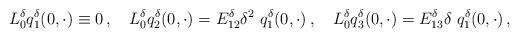
LaTeX: \begin{align*}L_0^{\delta}q_1^{\delta}(0, \cdot)&\equiv 0\,,&L_0^{\delta}q_2^{\delta}(0, \cdot)&=E_{12}^{\delta}\delta^2\ q_1^{\delta}(0, \cdot)\,,&L_0^{\delta}q_3^{\delta}(0, \cdot)&=E_{13}^{\delta}\delta\ q_1^{\delta}(0,\cdot)\,,\end{align*}